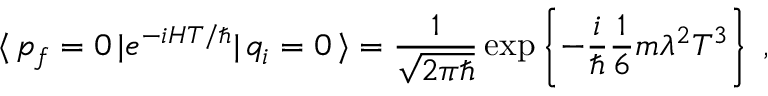
\langle \, p _ { f } = 0 \, | e ^ { - i H T / \hbar } | \, q _ { i } = 0 \, \rangle = \frac { 1 } { \sqrt { 2 \pi \hbar } } \exp \left\{ - \frac { i } { \hbar } \frac { 1 } { 6 } m \lambda ^ { 2 } T ^ { 3 } \right\} \; ,